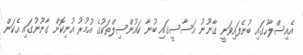
އެއިސްލާހުގައި ބުނެފައިވަނީ ގާނޫނު އަސާސީގައި ބުނާ ކައުންސިލްތަކުގެ އުމުރު އުނިކޮށް ގާނޫނުގައި އެކަން